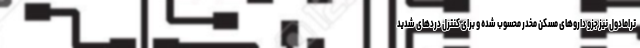
ترامادول نیز جزو داروهای مسکن مخدر محسوب شده و برای کنترل دردهای شدید